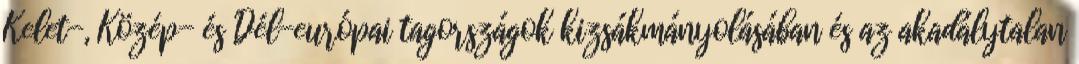
Kelet-, Közép- és Dél-európai tagországok kizsákmányolásában és az akadálytalan